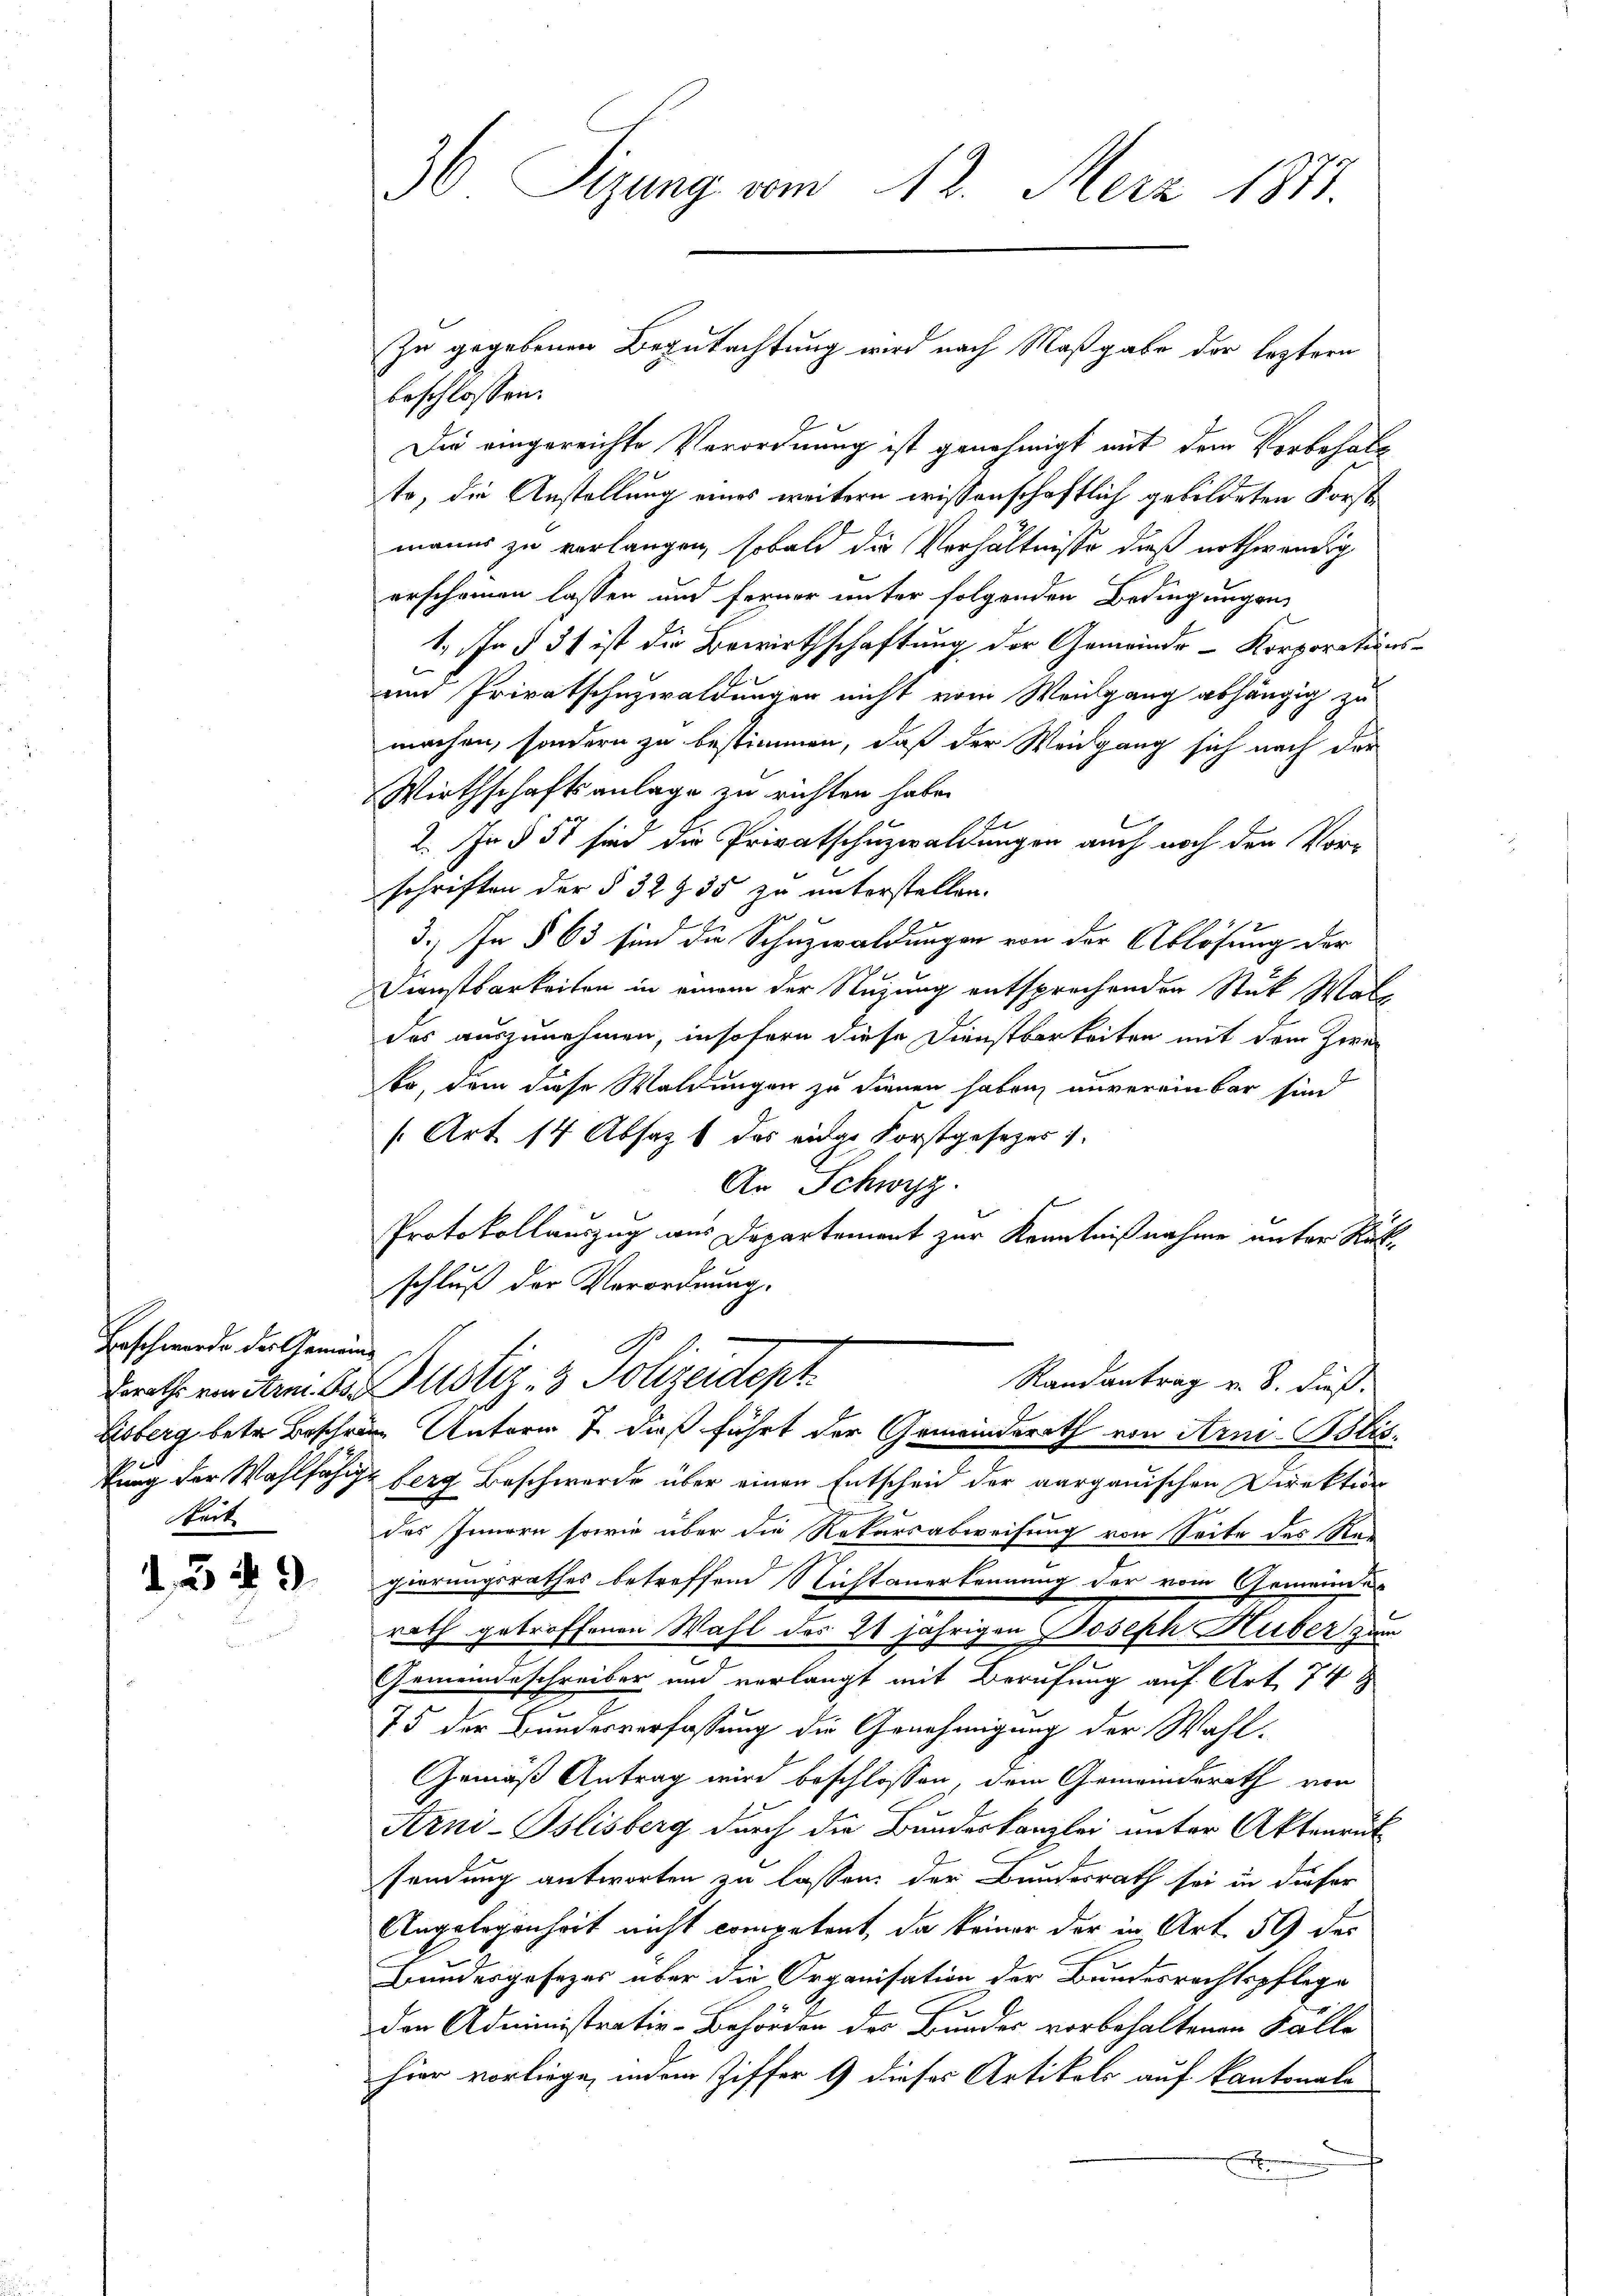
Beschwerde der Gemeinde
Steck

39

36 Sizung vom 12. Merz 1811.

beschlossen:
Die eingereichte Verordnung ist genehmigt mit dem Vorbehalto, die Anstellung eines weitern wissenschaftlich gebildeten Forstmanns zu verlangen, sobald die Verhältnisse dieß nothwendig
erscheinen lassen und ferner unter folgenden Bedingungen
1. In § 31 ist die Bewirthschaftung der Gemeinde- Korporation
und Privatschuzwaldungen nicht vom Weisgang abhängig zu
machen, sondern zu bestimmen, daß der Weidgang sich nach der
Wirthschaftsanlage zu richten habe.
1
2. In § 51 sind die Privatschuzwaldungen auch noch den Vor-
schriften der § 32 935 zu unterstellen.
3.) In § 63 sind die Schuzwaldungen von der Ablösung der
Dienstbarkeiten in einem der Stuzung entsprechenden Stuk Wall
des auszunehmen, insofern diese Dienstbarkeiten mit dem Zwei
ko, dem diese Waldungen zu dienen haben, unvereinbar sind
[Art. 14 Absatz 1 das eidge Forstgesezes).
An Schwyz.
Protokollauszug aus Departement zur Kenntnißnahme unter Rükschluß der Verordnung.
Randantrag v. 8. dieß.
Draths von Hrn. 8. Justiz- & Polizeidept
Lisberg betr. Beschräne Unterm 7 dieß führt der Gemeindsrath von Arni-Bliskung der Wahlfähige Berg Beschwerde über einen Entscheid der aargauischen Direktion
des Innern sowie über die Rekursabweisung von Seite des Re-
gierungsrathes betreffend Nichtanerkennung der vom Gemeindes
rath getroffenen Wahl des 21 jährigen Joseph Huber zum
Gemeindeschreiber und verlangt mit Berufung auf Art 74
75 der Bundesverfassung die Genehmigung der Wahl¬
Gemäß Antrag wird beschlossen, dem Gemeindesrath von
Arni-Oslisberg durch die Bundeskanzlei unter Aktenrut
sendung antworten zu lassen, der Bundesrath sei in dieser
Angelegenheit nicht competent, da keiner der in Art. 59 des
Bundesgesezes über die Organisation der Bundesrechtspflege
den Administrativ-Behörden des Bundes vorbehaltenen Fälle
hier vorliege, indem Ziffer 9 dieses Artikels auf kantonale
e

zu gegebenen Begutachtung wird nach Maßgabe der leztern